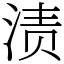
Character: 渍